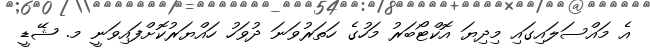
އެ މައްސަލައިގައި މިދިޔަ އޮކްޓޯބަރު މަހުގެ ހަތަރުވަނަ ދުވަހު ހައްޔަރުކޮށްފައިވަނީ މ. ޝޭޑީ